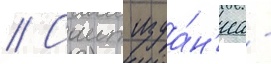
// Саит изда́н'иа -